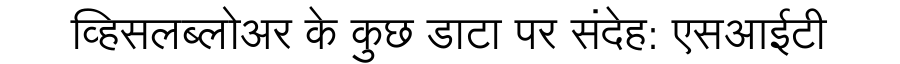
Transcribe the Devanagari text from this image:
व्हिसलब्लोअर के कुछ डाटा पर संदेह: एसआईटी